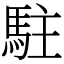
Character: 駐